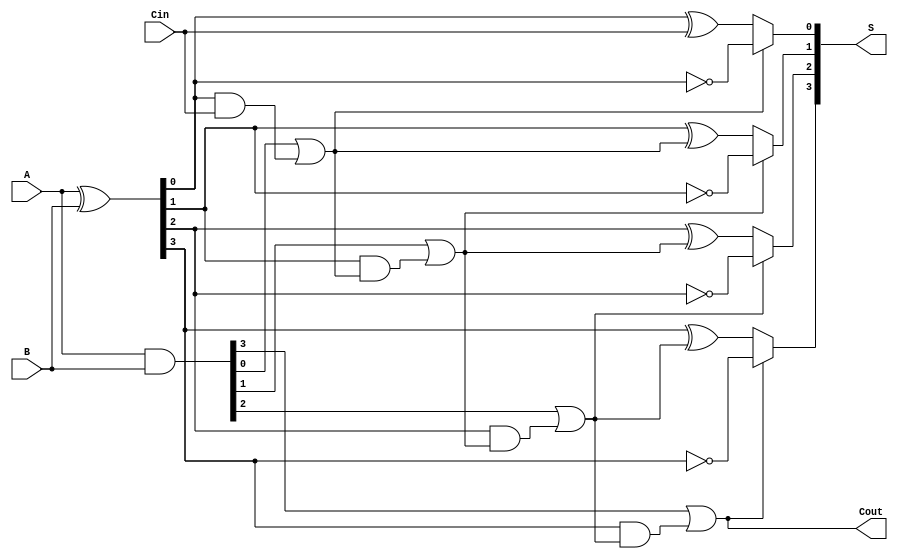
module ConditionalSumAdder #(parameter N = 4) (
    input  wire [N-1:0] A,       // First n-bit input
    input  wire [N-1:0] B,       // Second n-bit input
    input  wire Cin,              // Carry-in
    output wire [N-1:0] S,        // n-bit sum output
    output wire Cout              // Carry-out
);

    // Generate and Propagate signals
    wire [N-1:0] G; // Generate
    wire [N-1:0] P; // Propagate
    wire [N:0] C;   // Carry signals

    // Generate and Propagate computations
    assign G = A & B;              // Generate: G[i] = A[i] & B[i]
    assign P = A ^ B;              // Propagate: P[i] = A[i] ^ B[i]
    
    // Carry calculations
    assign C[0] = Cin;             // Carry-in
    generate
        genvar i;
        for (i = 1; i <= N; i = i + 1) begin : carry_gen
            assign C[i] = G[i-1] | (P[i-1] & C[i-1]); // Carry: C[i] = G[i-1] | (P[i-1] & C[i-1])
        end
    endgenerate

    // Sum calculations
    wire [N-1:0] S0; // Sum if carry is 0
    wire [N-1:0] S1; // Sum if carry is 1

    generate
        for (i = 0; i < N; i = i + 1) begin : sum_calc
            assign S0[i] = P[i] ^ C[i];        // Sum if No carry: S0[i] = P[i] ^ C[i]
            assign S1[i] = ~P[i];               // Sum if carry: S1[i] = ~P[i]
        end
    endgenerate

    // Final sum selection based on carry signals
    generate
        for (i = 0; i < N; i = i + 1) begin : mux_select
            assign S[i] = C[i+1] ? S1[i] : S0[i]; // Mux select: S[i] = C[i+1] ? S1[i] : S0[i]
        end
    endgenerate

    // Final carry-out
    assign Cout = C[N]; // Cout = C[n]

endmodule